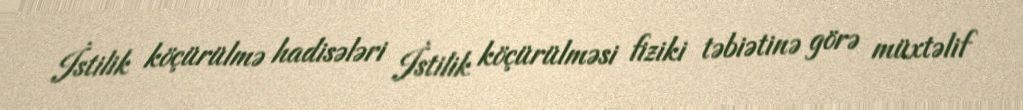
İstilik köçürülmə hadisələri İstilik köçürülməsi fiziki təbiətinə görə müxtəlif